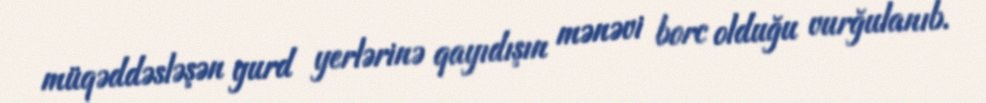
müqəddəsləşən yurd yerlərinə qayıdışın mənəvi borc olduğu vurğulanıb.